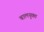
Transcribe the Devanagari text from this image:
बालयुक्त